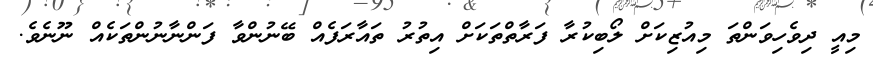
މިއީ ދިވެހިވަންތަ މިއުޒިކަށް ލޯބިކުރާ ފަރާތްތަކަށް އިތުރު ތައާރަފެއް ބޭނުންވާ ފަންނާނުންތަކެއް ނޫނެވެ.